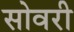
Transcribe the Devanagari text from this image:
सोवरी